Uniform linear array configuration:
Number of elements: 48
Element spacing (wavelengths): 0.25
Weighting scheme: hann
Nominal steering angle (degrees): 60
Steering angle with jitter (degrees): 58.667
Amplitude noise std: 0.05
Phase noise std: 0.05

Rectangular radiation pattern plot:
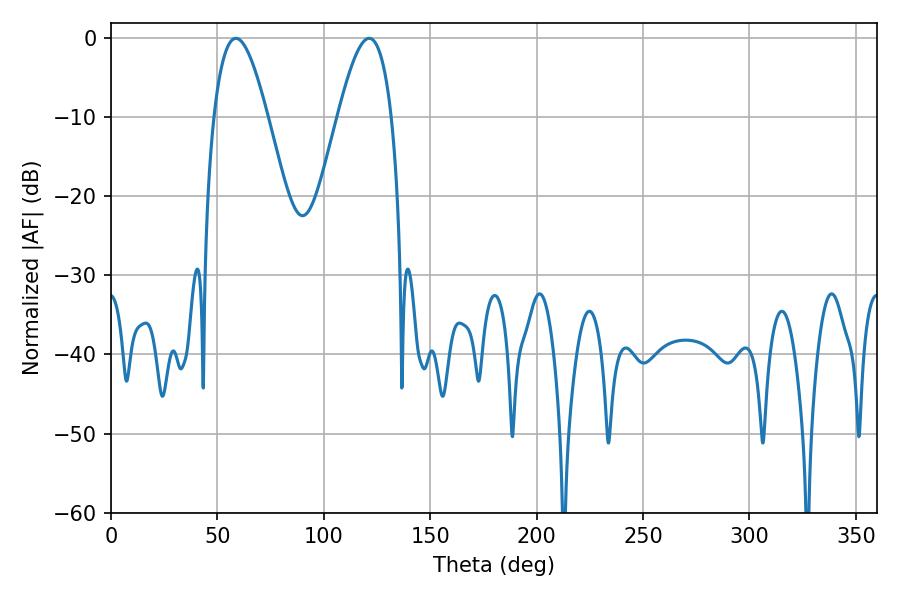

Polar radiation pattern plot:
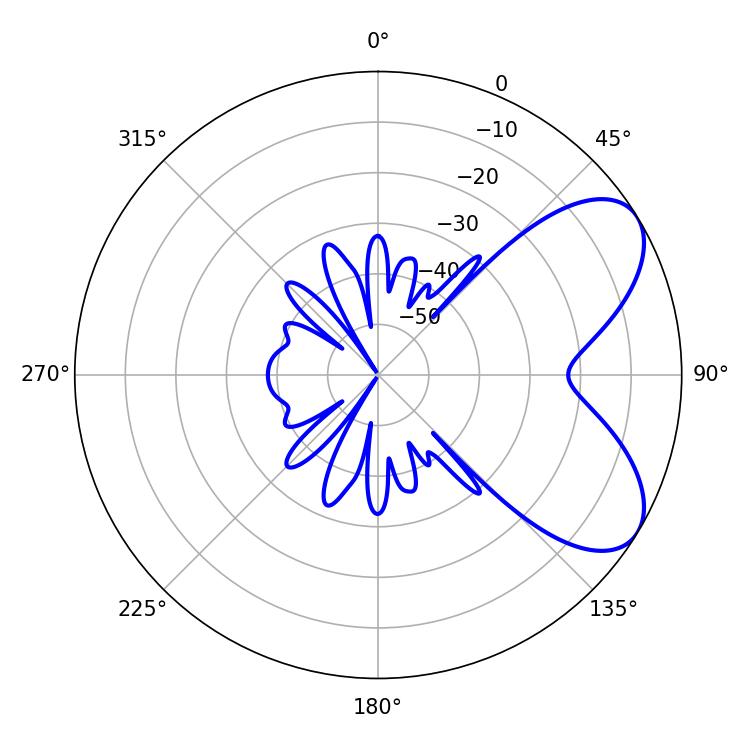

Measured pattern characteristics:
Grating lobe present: FALSE
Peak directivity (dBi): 6.486
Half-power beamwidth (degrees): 13.68
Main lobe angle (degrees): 58.68